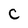
Character: C